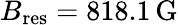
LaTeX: B_{\mathrm{res}}=818.1\, \mathrm{G}